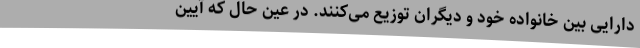
دارایی بین خانواده خود و دیگران توزیع می‌کنند. در عین حال که آیین